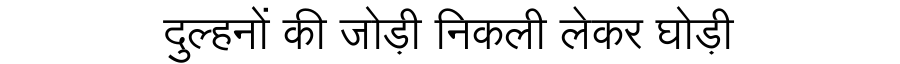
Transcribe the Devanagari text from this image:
दुल्हनों की जोड़ी निकली लेकर घोड़ी